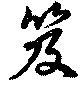
笈